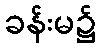
ခန်းမ၌